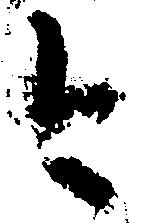
今